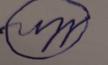
Signature authenticity: forged